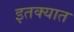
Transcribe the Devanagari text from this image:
इतक्‍यात